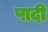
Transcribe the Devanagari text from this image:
पादी